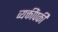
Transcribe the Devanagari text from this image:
व्यक्तींपकी